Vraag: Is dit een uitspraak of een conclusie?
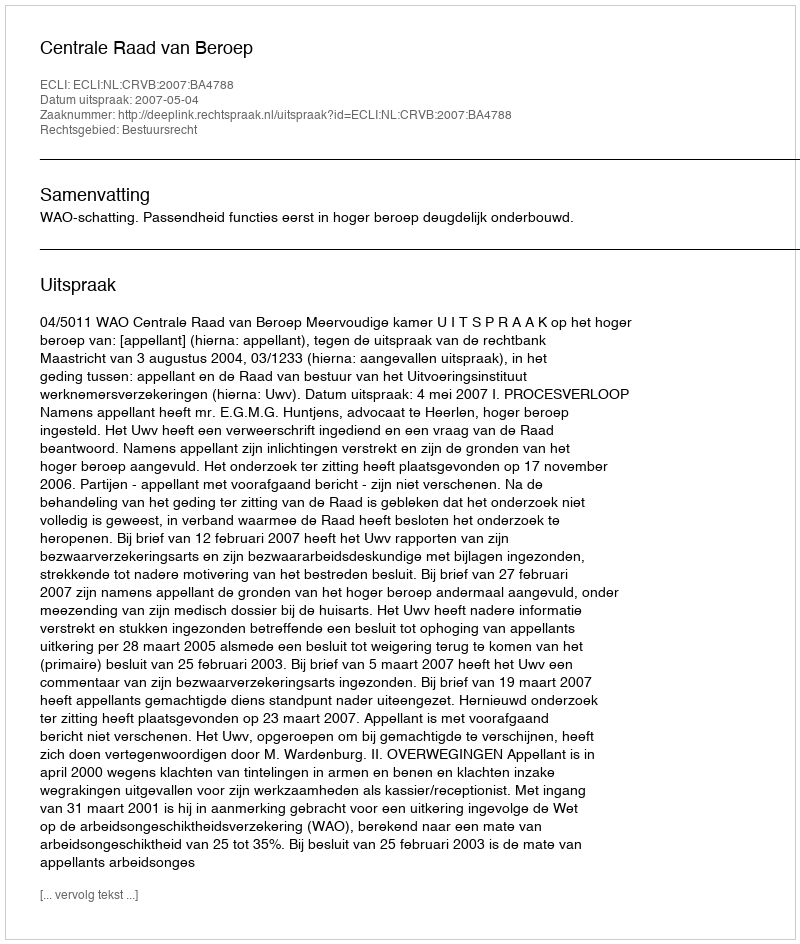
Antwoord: Uitspraak